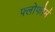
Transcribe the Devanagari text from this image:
फ्लोफोर्म